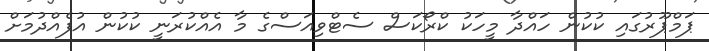
ޕަމްޕޫރުގައި ކުކުން ހައްދާ މީހަކު ކްރޯކަސް ސެޓްވިއަސްގެ މާ އެއްކުރަނީ ކުކުން އުފެއްދުމަށް